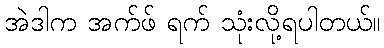
အဲဒါက အက်ဖ် ရက် သုံးလို့ရပါတယ်။